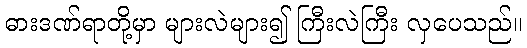
ဓားဒဏ်ရာတို့မှာ များလဲများ၍ ကြီးလဲကြီး လှပေသည်။